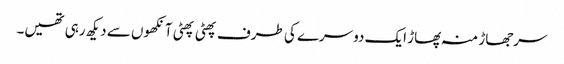
سرجھاڑ منہ پھاڑ ایک دوسرے کی طرف پھٹی پھٹی آنکھوں سے دیکھ رہی تھیں۔